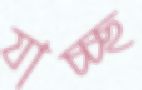
যাচ্চ্ছ